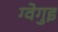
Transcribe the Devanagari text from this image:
ग्वेगुइ